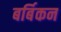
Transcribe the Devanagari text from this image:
बर्बिकन